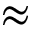
\approx